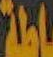
اطة